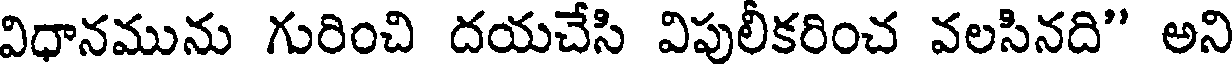
విధానమును గురించి దయచేసి విపులీకరించ వలసినది" అని